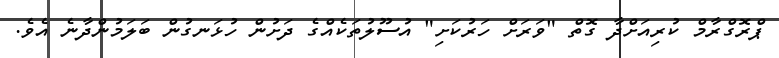
ޕްރޮގްރާމް ކުރިއަށްދާ ގޮތް "ވަރަށް ހަރުކަށި" އުސޫލުތަކެއްގެ ދަށުން ހުޅަނގުން ބަލަމުންދާނެ އެވެ.